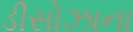
ડીસોઝાના